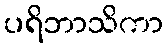
ပရိဘာသိကာ